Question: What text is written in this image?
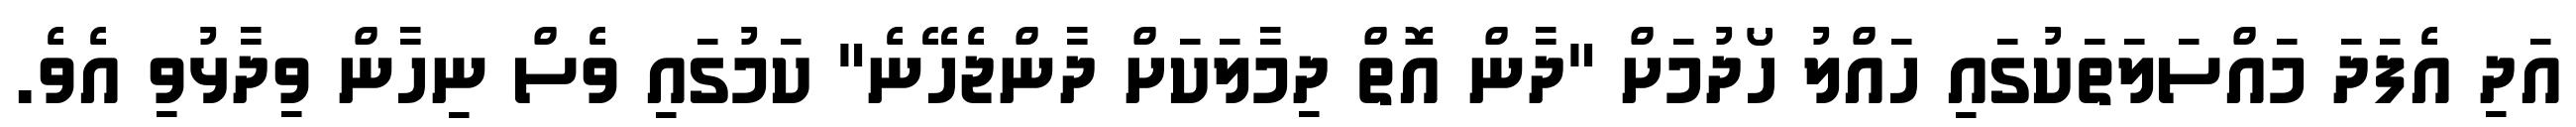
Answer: އަދި އެފަދަ މައްސަލަތަކުގައި ހައްލު ހޯދުމަށް "ދާން އޮތް ދިމާލަކަށް ދާންޖެހޭނެ" ކަމުގައި ވެސް ނިހާން ވިދާޅުވި އެވެ.